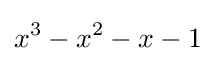
x^{3}-x^{2}-x-1